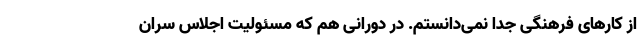
از کارهای فرهنگی جدا نمی‌دانستم. در دورانی هم که مسئولیت اجلاس سران